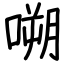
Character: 嗍